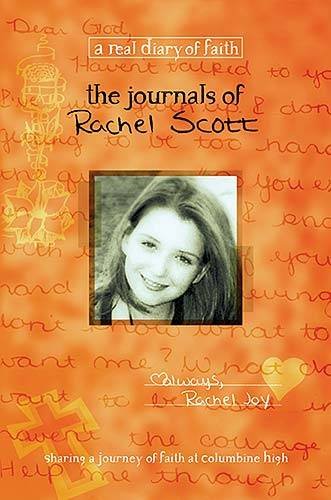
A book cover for The Journals of Rachel Scott: A Journey of Faith at Columbine High (Real Diary of Faith); Beth Nimmo; Children's Books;